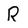
Character: R